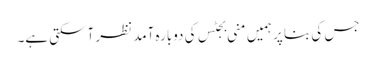
جس کی بنا پر ہمیں منی بجٹس کی دوبارہ آمد نظر آسکتی ہے۔